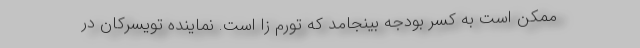
ممکن است به کسر بودجه بینجامد که تورم زا است. نماینده تویسرکان در